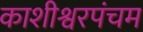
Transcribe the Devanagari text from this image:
काशीश्वरपंचम